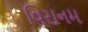
વિરાનમ